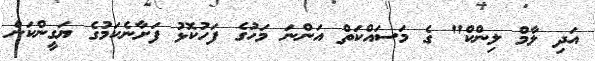
އަދި ލާމް ލިންކް" ގެ މަސައްކަތް އަންނަ މަހުގެ ފަހުކޮޅު ފަށާނެކަމުގެ ޔަގީންކަން